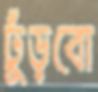
ঢুঁড়বো